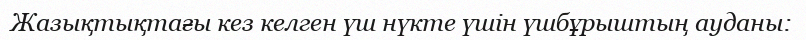
Жазықтықтағы кез келген үш нүкте үшін үшбұрыштың ауданы: